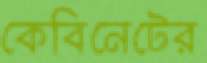
কেবিনেটের